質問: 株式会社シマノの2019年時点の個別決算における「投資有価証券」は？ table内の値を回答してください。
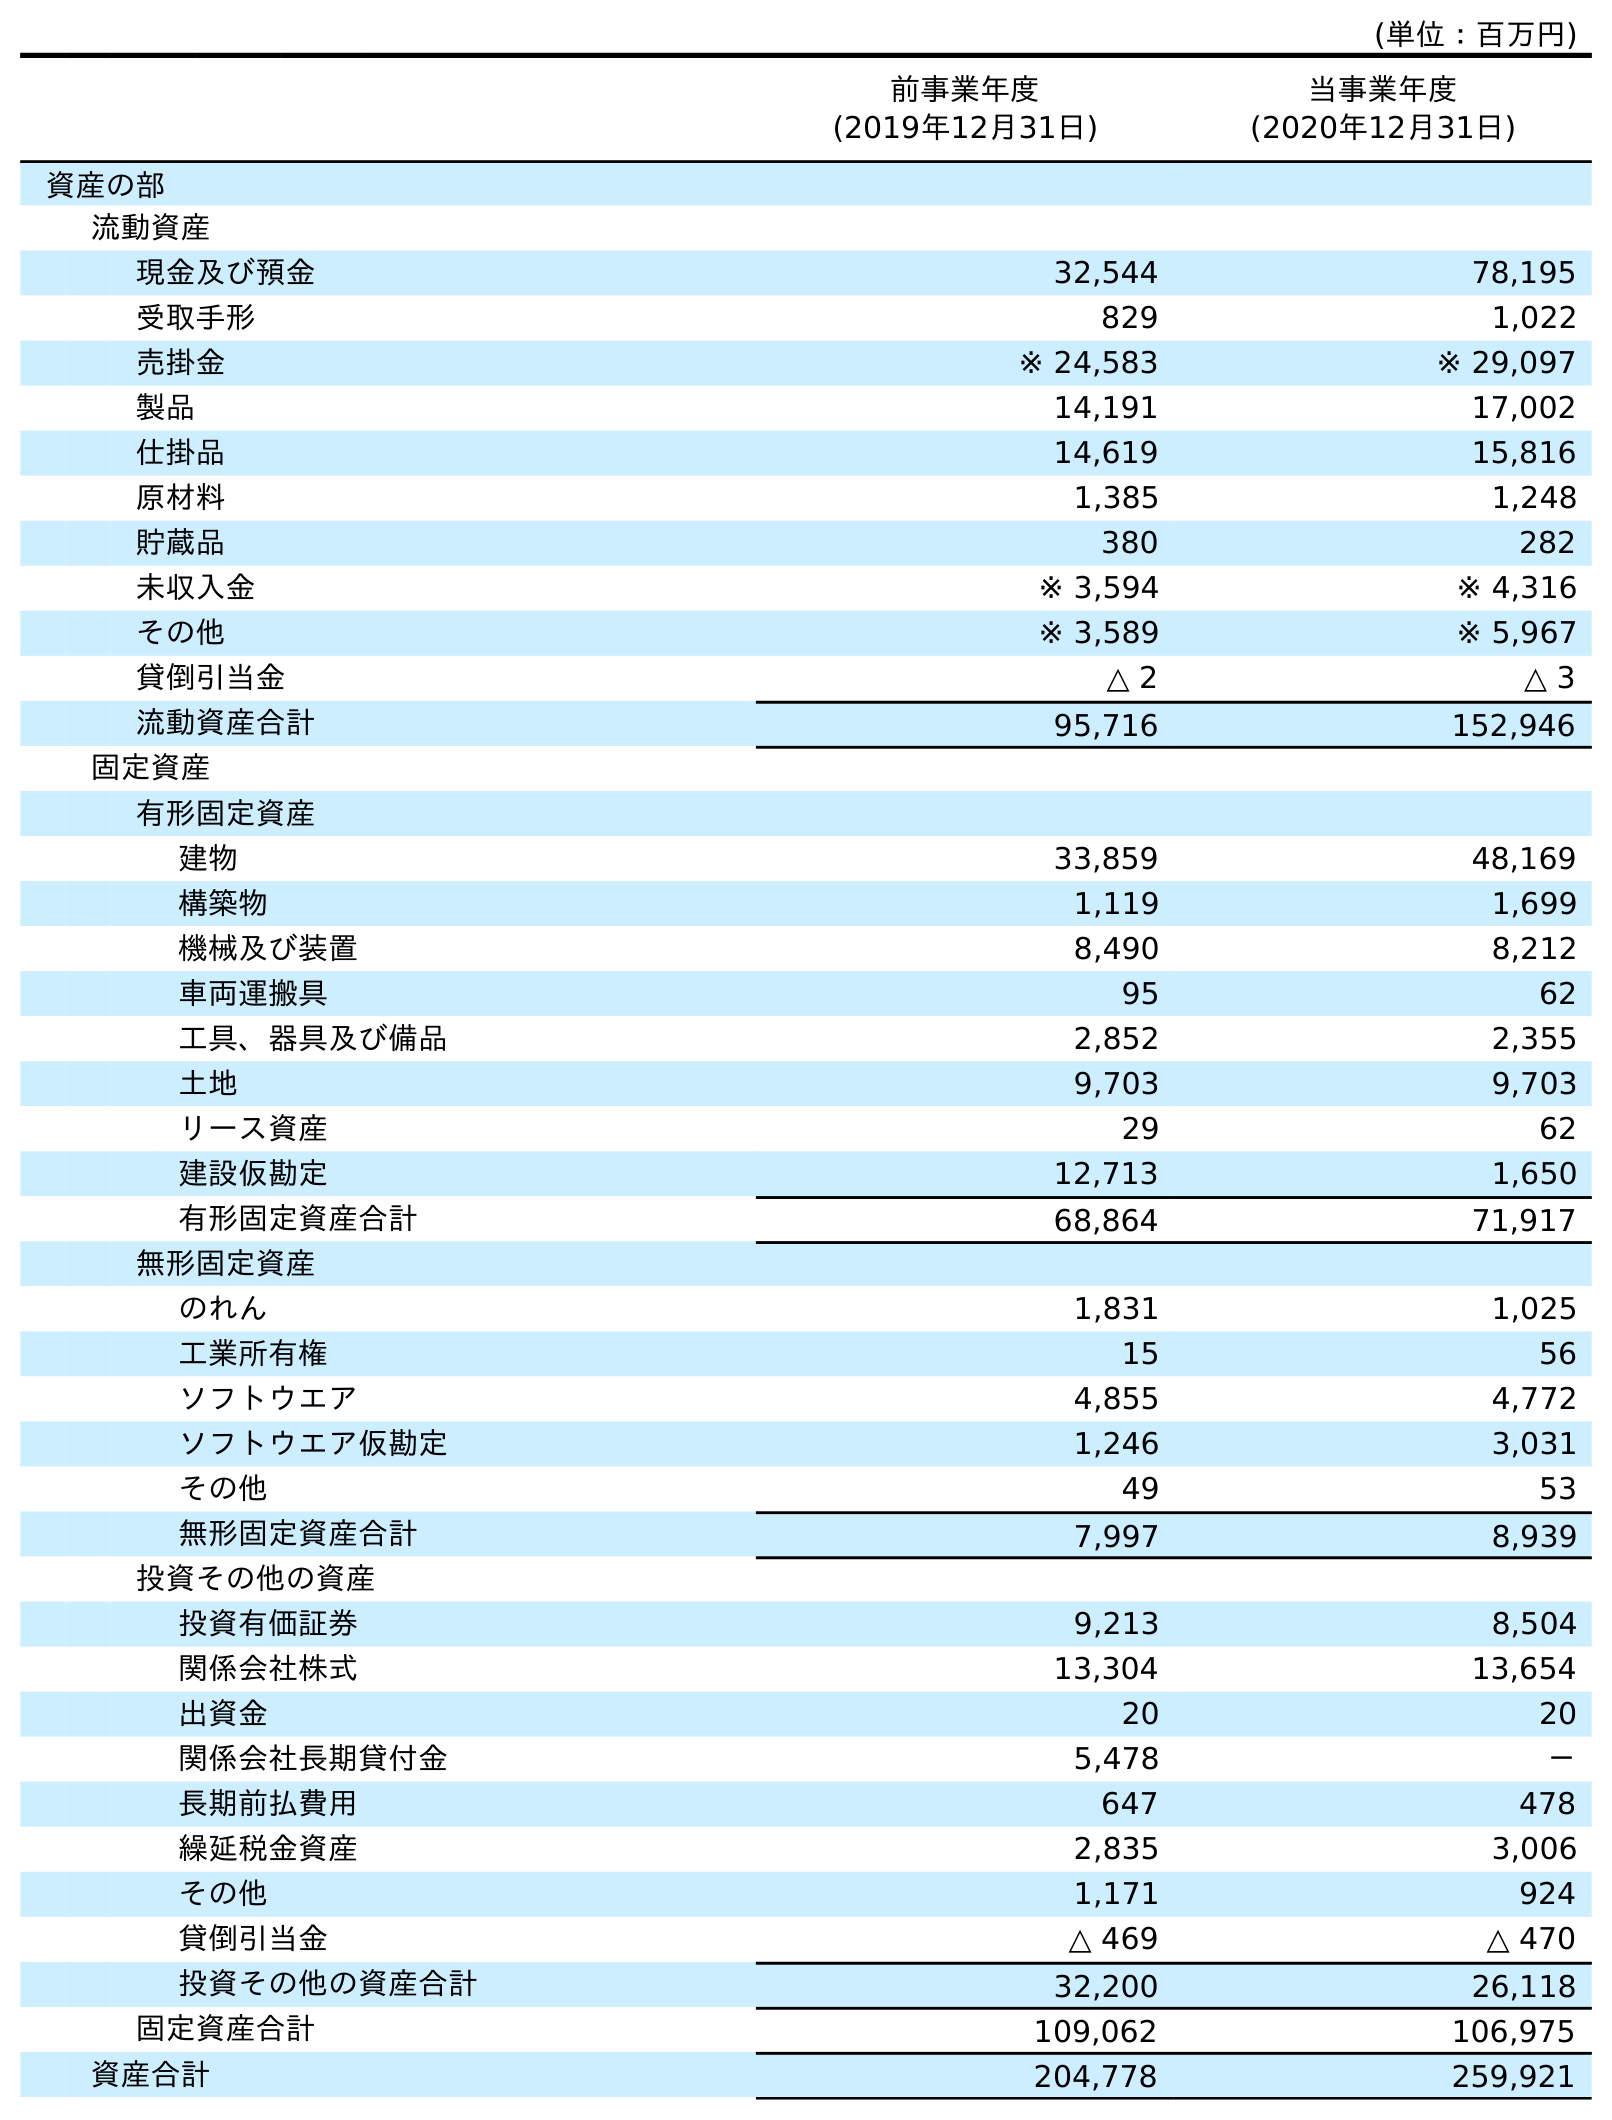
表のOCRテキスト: (単位：百万円) 前事業年度 (2019年12月31日) 当事業年度 (2020年12月31日) 資産の部 流動資産 現金及び預金 32,544 78,195 受取手形 829 1,022 売掛金 ※ 24,583 ※ 29,097 製品 14,191 17,002 仕掛品 14,619 15,816 原材料 1,385 1,248 貯蔵品 380 282 未収入金 ※ 3,594 ※ 4,316 その他 ※ 3,589 ※ 5,967 貸倒引当金 △ 2 △ 3 流動資産合計 95,716 152,946 固定資産 有形固定資産 建物 33,859 48,169 構築物 1,119 1,699 機械及び装置 8,490 8,212 車両運搬具 95 62 工具、器具及び備品 2,852 2,355 土地 9,703 9,703 リース資産 29 62 建設仮勘定 12,713 1,650 有形固定資産合計 68,864 71,917 無形固定資産 のれん 1,831 1,025 工業所有権 15 56 ソフトウエア 4,855 4,772 ソフトウエア仮勘定 1,246 3,031 その他 49 53 無形固定資産合計 7,997 8,939 投資その他の資産 投資有価証券 9,213 8,504 関係会社株式 13,304 13,654 出資金 20 20 関係会社長期貸付金 5,478 － 長期前払費用 647 478 繰延税金資産 2,835 3,006 その他 1,171 924 貸倒引当金 △ 469 △ 470 投資その他の資産合計 32,200 26,118 固定資産合計 109,062 106,975 資産合計 204,778 259,921
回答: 9,213